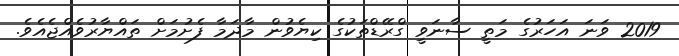
2019 ވަނަ އަހަރުގެ މަތީ ސާނަވީ ގްރޭޑްތަކުގެ ކިޔެވުން މާދަމާ ފެށުމަށް ތައްޔާރުވެއްޖެއެވެ.